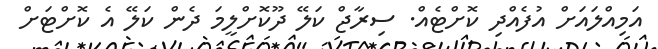
އަމިއްލައަށް އުފެއްދި ކޮށްޓެއް. ސިރާޖް ކަލޭ ދޫކޮށްލީމަ ދެން ކަލޭ އެ ކޮށްޓަށް